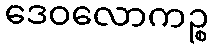
ဒေဝလောကဉ္စ